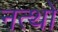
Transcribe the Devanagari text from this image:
नत्थो